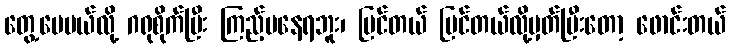
တွေ့ပေမယ်လို့ ဂရုစိုက်ပြီး ကြည့်မနေရဘူး၊ မြင်တယ် မြင်တယ်လို့မှတ်ပြီးတော့ ဖောင်းတယ်